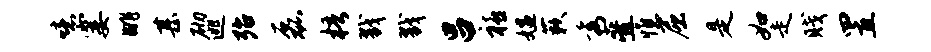
噫霎眺甚砌逃殆磊梧戮戮吕禧媪蔌秀叠憔屈是如走贱置